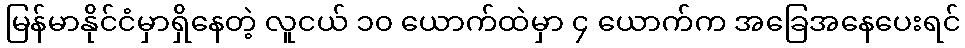
မြန်မာနိုင်ငံမှာရှိနေတဲ့ လူငယ် ၁၀ ယောက်ထဲမှာ ၄ ယောက်က အခြေအနေပေးရင်